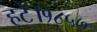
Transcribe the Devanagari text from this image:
हटे।१८५७